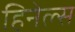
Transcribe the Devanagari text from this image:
हिनेल्स